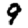
Digit: 9